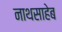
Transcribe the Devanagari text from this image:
नाथसाहेब